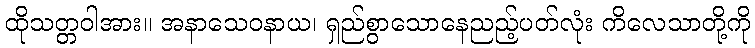
ထိုသတ္တဝါအား။ အနာသေဝနာယ၊ ရှည်စွာသောနေညည့်ပတ်လုံး ကိလေသာတို့ကို